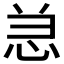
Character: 𰑑